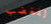
للغضب